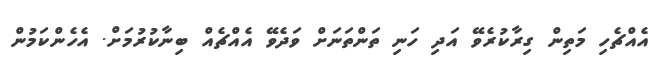
އެއްޗެހި މަތިން ގިރާކުރެވޭ އަދި ހަނި ތަންތަނަށް ވަދެވޭ އެއްޗެއް ބިނާކުރުމަށް. އެހެންކަމުން